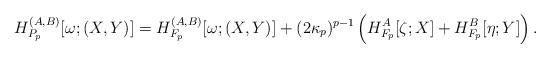
LaTeX: \begin{align*}H_{P_{p}}^{(A,B)}[\omega;(X,Y)]=H_{F_{p}}^{(A,B)}[\omega;(X,Y)]+(2\kappa_p)^{p-1}\left(H_{F_p}^A[\zeta;X]+H_{F_p}^B[\eta;Y]\right).\end{align*}